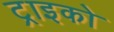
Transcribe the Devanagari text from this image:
ट्राइको